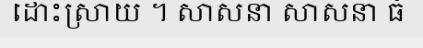
ដោះស្រាយ ។ សាសនា សាសនា ធំ